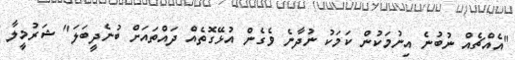
"އެއްޗެއް ނުބުނެ އިނުމަކުން ކަމަކު ނުދާނެ ވެގެން އުޅޭގޮތެއް ދައްތައަށް ބުނެދީބަލަ" ޝަރުމީލާ